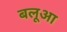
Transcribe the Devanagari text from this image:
बलूआ